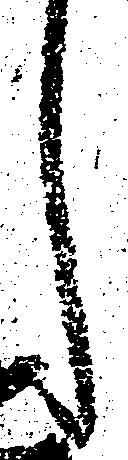
し